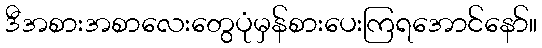
ဒီအစားအစာလေးတွေပုံမှန်စားပေးကြရအောင်နော်။